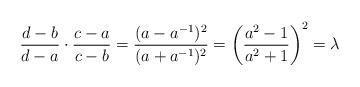
LaTeX: \begin{align*}\frac{d-b}{d-a} \cdot \frac{c-a}{c-b} = \frac{(a-a^{-1})^2}{(a+a^{-1})^2} = \left( \frac{a^2-1}{a^2+1} \right)^2 = \lambda\end{align*}